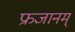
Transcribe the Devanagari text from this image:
फ्रजानम्